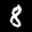
Label: 8